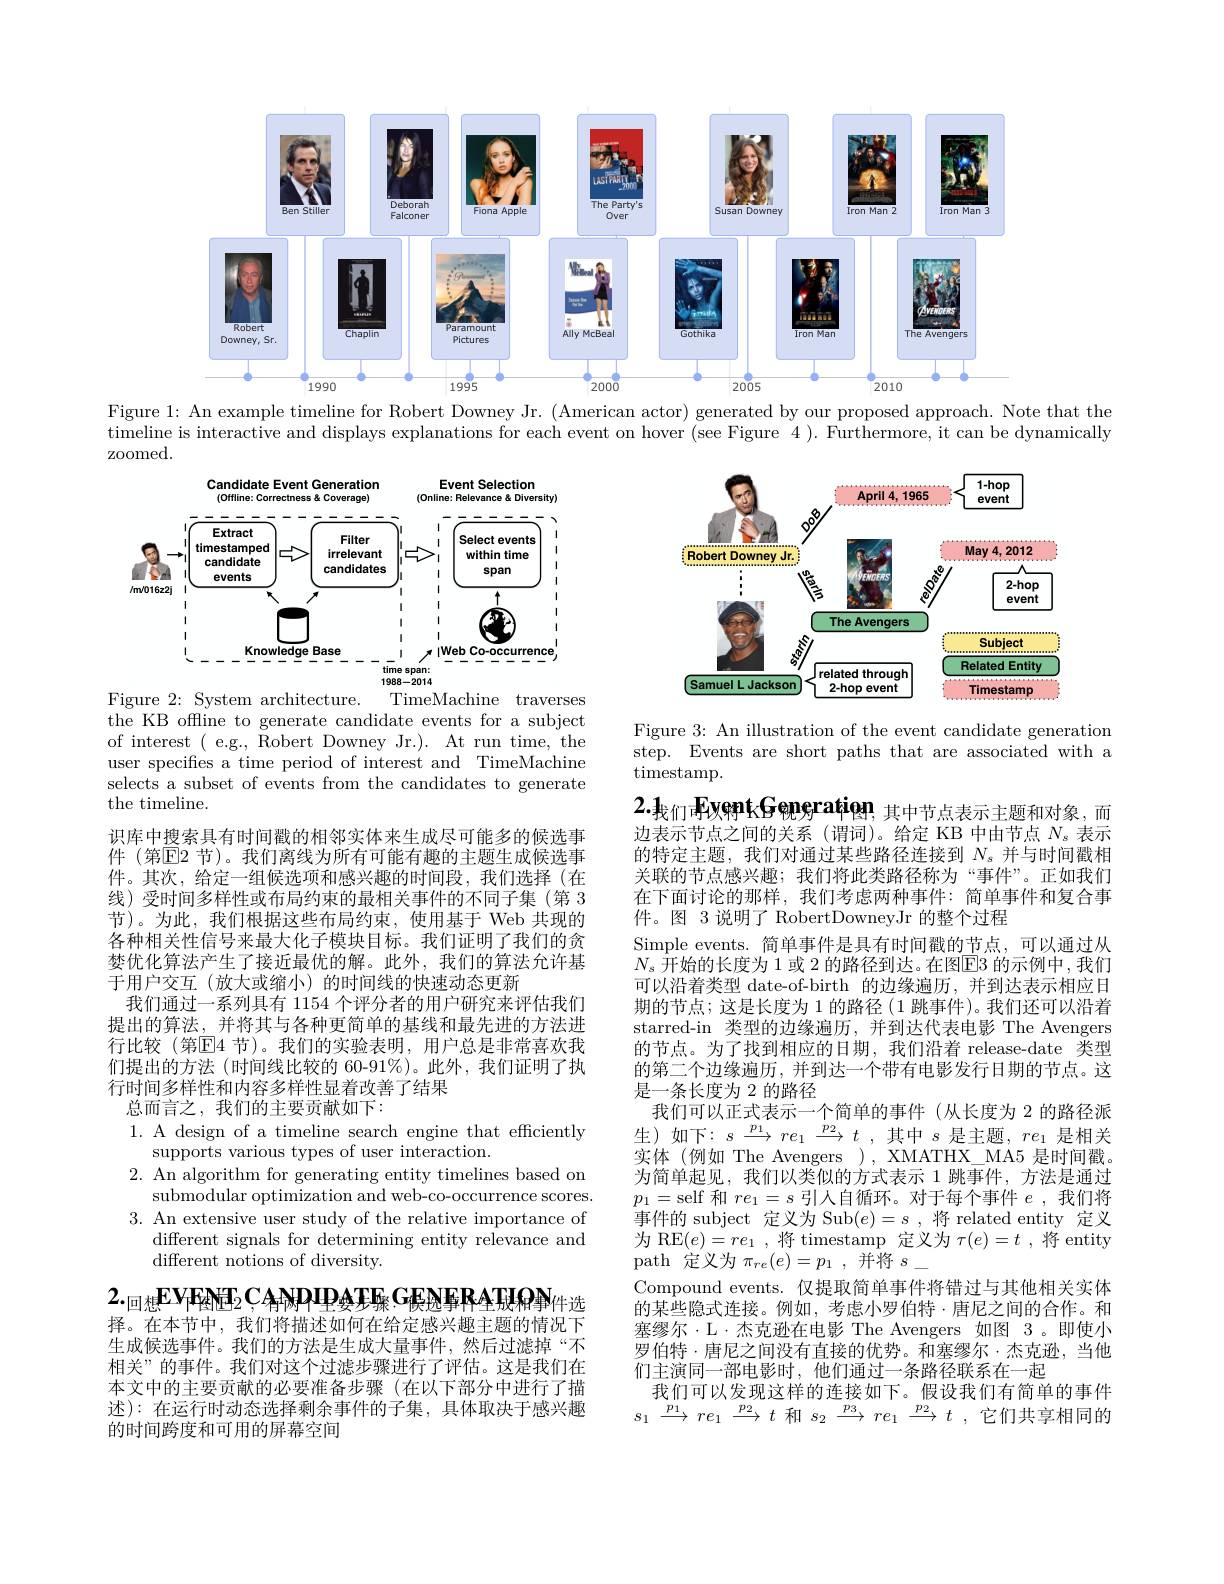
<FigureHere>

Figure 1: An example timeline for Robert Downey Jr. ( American actor) generated by our proposed approach. Note that the

timeline is interactive and displays explanations for each event on hover (see Figure 4 ). Furthermore, it can be dynamically

zoomed.

<FigureHere>

<FigureHere>

Figure 3: An illustration of the event candidate generation step. Events are short paths that are associated with a $\operatorname{timestamp}$

2.我们FyentGeneration，其中节点表示主题和对象，而2.我们Fyentgeneration，其中节点表示主题和对象，而

Figure 2: System architecture.
TimeMachine traverses
the KB offline to generate candidate events for a subject of interest ( e.g., Robert Downey Jr.). At run time, the user specifies a time period of interest and TimeMachine selects a subset of events from the candidates to generate the timeline.
识库中搜索具有时间戳的相邻实体来生成尽可能多的候选事件 (第$\overline{\mathrm{E}}$2 节)。我们离线为所有可能有趣的主题生成候选事件。其次，给定一组候选项和感兴趣的时间段，我们选择(在线)受时间多样性或布局约束的最相关事件的不同子集(第 3节)。为此，我们根据这些布局约束，使用基于 Web 共现的各种相关性信号来最大化子模块目标。我们证明了我们的贪婪优化算法产生了接近最优的解。此外，我们的算法允许基于用户交互(放大或缩小)的时间线的快速动态更新
我们通过一系列具有 1154 个评分者的用户研究来评估我们提出的算法，并将其与各种更简单的基线和最先进的方法进行比较(第E4 节)。我们的实验表明，用户总是非常喜欢我们提出的方法 (时间线比较的 60-91%)。此外，我们证明了执行时间多样性和内容多样性显着改善了结果
总而言之，我们的主要贡献如下：

的第二个边缘遍历，并到达一个带有电影发行日期的节点。这
是一条长度为 2 的路径
我们可以正式表示一个简单的事件(从长度为 2 的路径派

边表示节点之间的关系(谓词)。给定 KB 中由节点$N_s$表示的特定主题，我们对通过某些路径连接到$N_\mathrm{s}$并与时间戳相关联的节点感兴趣；我们将此类路径称为“事件”。正如我们在下面讨论的那样，我们考虑两种事件：简单事件和复合事件。图 3 说明了 RobertDowneyJr 的整个过程
Simple events. 简单事件是具有时间戳的节点，可以通过从$N_{s}$ 开始的长度为 1 或 2 的路径到达。在图$\boxed{\mathrm{E}}3$ 的示例中，我们可以沿着类型 date-of-birth 的边缘遍历，并到达表示相应日期的节点；这是长度为 1 的路径 ( 1 跳事件)。我们还可以沿着starred-in 类型的边缘遍历，并到达代表电影 The Avengers 的节点。为了找到相应的日期，我们沿着 release-date 类型生)如下：$s\xrightarrow{p_{1}}re_{1}\xrightarrow{p_{2}}t$,其中$s$是主题$,re_1$是相关实体(例如 The Avengers), XMATHX_MA5 是时间戳为简单起见，我们以类似的方式表示 1 跳事件，方法是通过$p_{1}=$self 和$re_1=s$引人自循环。对于每个事件$e$,我们将事件的 subject 定义为 Sub$(e)=s$ ,将 related entity 定义为 RE$(e)=re_1$ ,将 timestamp 定义为$\tau(e)=t$ ,将 entity path 定义为$\pi _{re}( e) = p_{1}$ ,并将$s_-$
Compound events. 仅提取简单事件将错过与其他相关实体$\hat{\text{的某些隐式连接。例如，考虑小罗伯特·唐尼之间的合作。和}}$ 塞缪尔·L·杰克逊在电影 The Avengers 如图 3。即使小罗伯特·唐尼之间没有直接的优势。和塞缪尔·杰克逊，当他们主演同一部电影时，他们通过一条路径联系在一起
我们可以发现这样的连接如下。假设我们有简单的事件$s_1\xrightarrow{p_1}re_1\xrightarrow{p_2}t$ 和$s_2\xrightarrow{p_3}re_1\xrightarrow{p_2}t$,它们共享相同的

1. A design of a timeline search engine that efficiently
supports various types of user interaction.
2. An algorithm for generating entity timelines based on
submodular optimization and web-co-occurrence scores. 3. An extensive user study of the relative importance of
different signals for determining entity relevance and
different notions of diversity.

$2. _\text{回 想 }{\mathbf{E} Y}\mathbf{EN}_{2}\mathbf{C} _{\textbf{ANDIPA于 环 }}\mathbf{G} _{\text{侯 迹 事 RAT}}\mathbf{H} \mathbf{O} \mathbf{N} _{\text{件 选 }}$ 择。在本节中，我们将描述如何在给定感兴趣主题的情况下

生成候选事件。我们的方法是生成大量事件，然后过滤掉“不相关”的事件。我们对这个过滤步骤进行了评估。这是我们在本文中的主要贡献的必要准备步骤(在以下部分中进行了描述):在运行时动态选择剩余事件的子集，具体取决于感兴趣的时间跨度和可用的屏幕空间